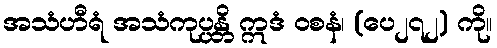
အသံဟီရံ အသံကုပ္ပန္တိ ဣဒံ ဝစနံ၊ (ပေ၂၇၂) ကို။